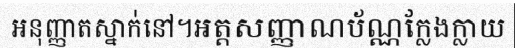
អនុញ្ញាតស្នាក់នៅ។អត្តសញ្ញាណប័ណ្ណក្លែងក្លាយ